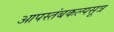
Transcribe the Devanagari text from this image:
आपस्तंबकल्पसूत्र